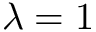
\lambda = 1